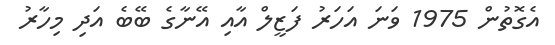
އެގޮތުން 1975 ވަނަ އަހަރު ފަޒީލް އާއި އޭނާގެ ބޭބެ އަދި މިހާރު